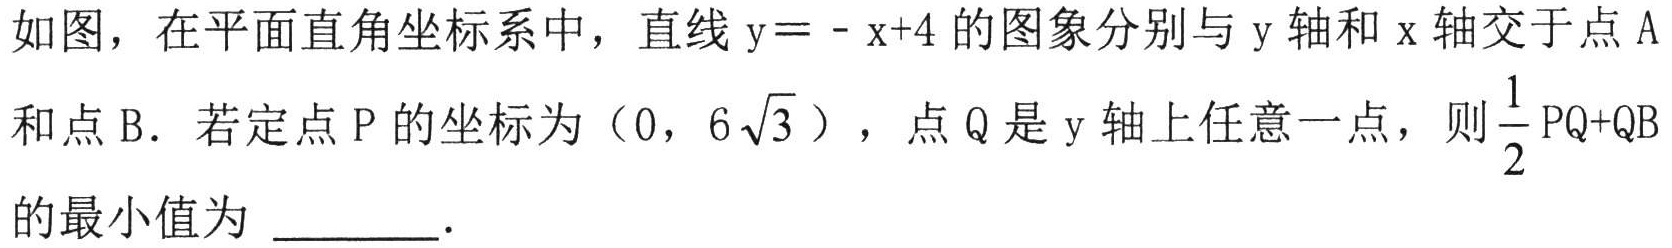
如图，在平面直角坐标系中，直线\(y = - x + 4\)的图象分别与\(y\)轴和\(x\)轴交于点\(A\)和点\(B\)．若定点\(P\)的坐标为\((0,6\sqrt{3})\)，点\(Q\)是\(y\)轴上任意一点，则\(\dfrac{1}{2}PQ + QB\)的最小值为 ________．